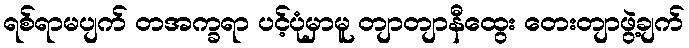
ရစ်ရာမပျက် တအက္ခရာ ပင့်ပုံမှာမူ တျာတျာနီထွေး တေးတျာဖွဲ့ချက်